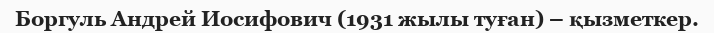
Боргуль Андрей Иосифович (1931 жылы туған) – қызметкер.